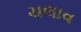
ચલાવ